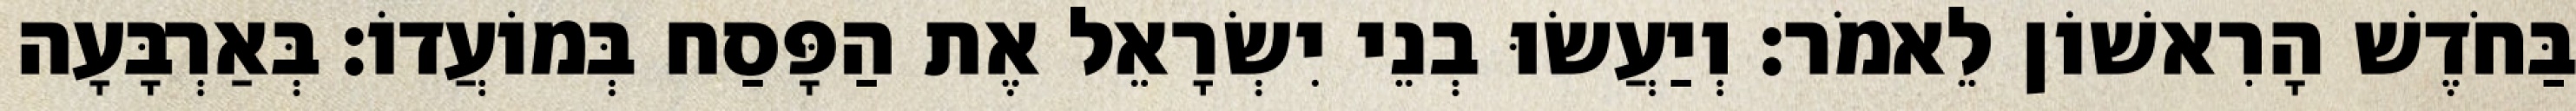
בַּחֹדֶשׁ הָרִאשׁוֹן לֵאמֹר׃ וְיַעֲשׂוּ בְנֵי יִשְׂרָאֵל אֶת הַפָּסַח בְּמוֹעֲדוֹ׃ בְּאַרְבָּעָה